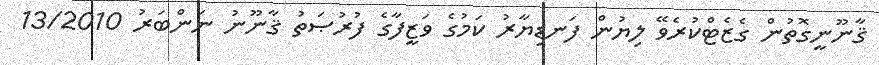
ޤާނޫނީގޮތުން ގެޒެޓްކުރެވޭ ލިޔުން ފަނޑިޔާރު ކަމުގެ ވަޒީފާގެ ފުރުޞަތު ޤާނޫނު ނަންބަރު 13/2010